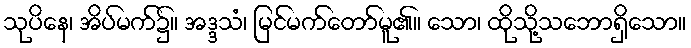
သုပိနေ၊ အိပ်မက်၌။ အဒ္ဒသံ၊ မြင်မက်တော်မူ၏။ သော၊ ထိုသို့သဘောရှိသော။